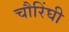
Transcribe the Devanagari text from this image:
चौरिंघी